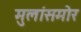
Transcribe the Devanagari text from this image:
मुलांसमोर